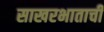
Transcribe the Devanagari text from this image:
साखरभाताची